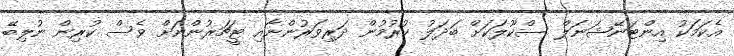
އެކަމަކު އިންޓަނޭޝަނަލް ސްކޫލަކަށް ބަދަލު ކުރުމުން ދަރިވަރުންނާއި ޓީޗަރުންނަށް ވެސް ކުރިން ނުލިބޭ